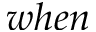
w h e n